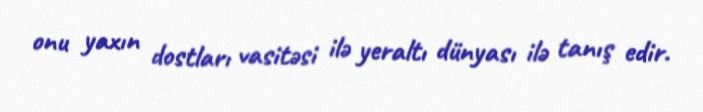
onu yaxın dostları vasitəsi ilə yeraltı dünyası ilə tanış edir.